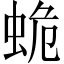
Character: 蛫